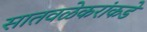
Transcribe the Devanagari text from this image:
सातवळेकरांकडे